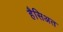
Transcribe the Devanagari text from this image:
हैसिअत